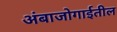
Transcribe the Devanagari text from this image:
अंबाजोगाईतील